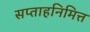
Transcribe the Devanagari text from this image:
सप्ताहनिमित्त